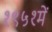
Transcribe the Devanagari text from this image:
१९५१में